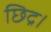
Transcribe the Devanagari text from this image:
छिद्र।